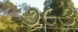
૭૯૩